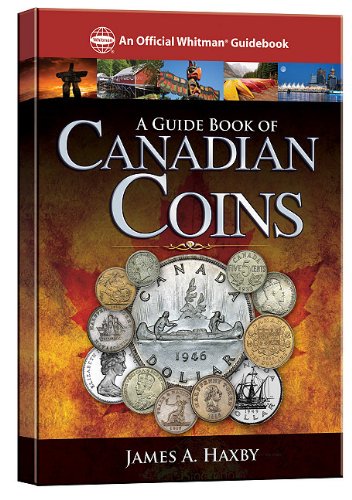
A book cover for A Guide Book of Canadian Coins (Official Whitman Guidebook); James Haxby; Crafts, Hobbies & Home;